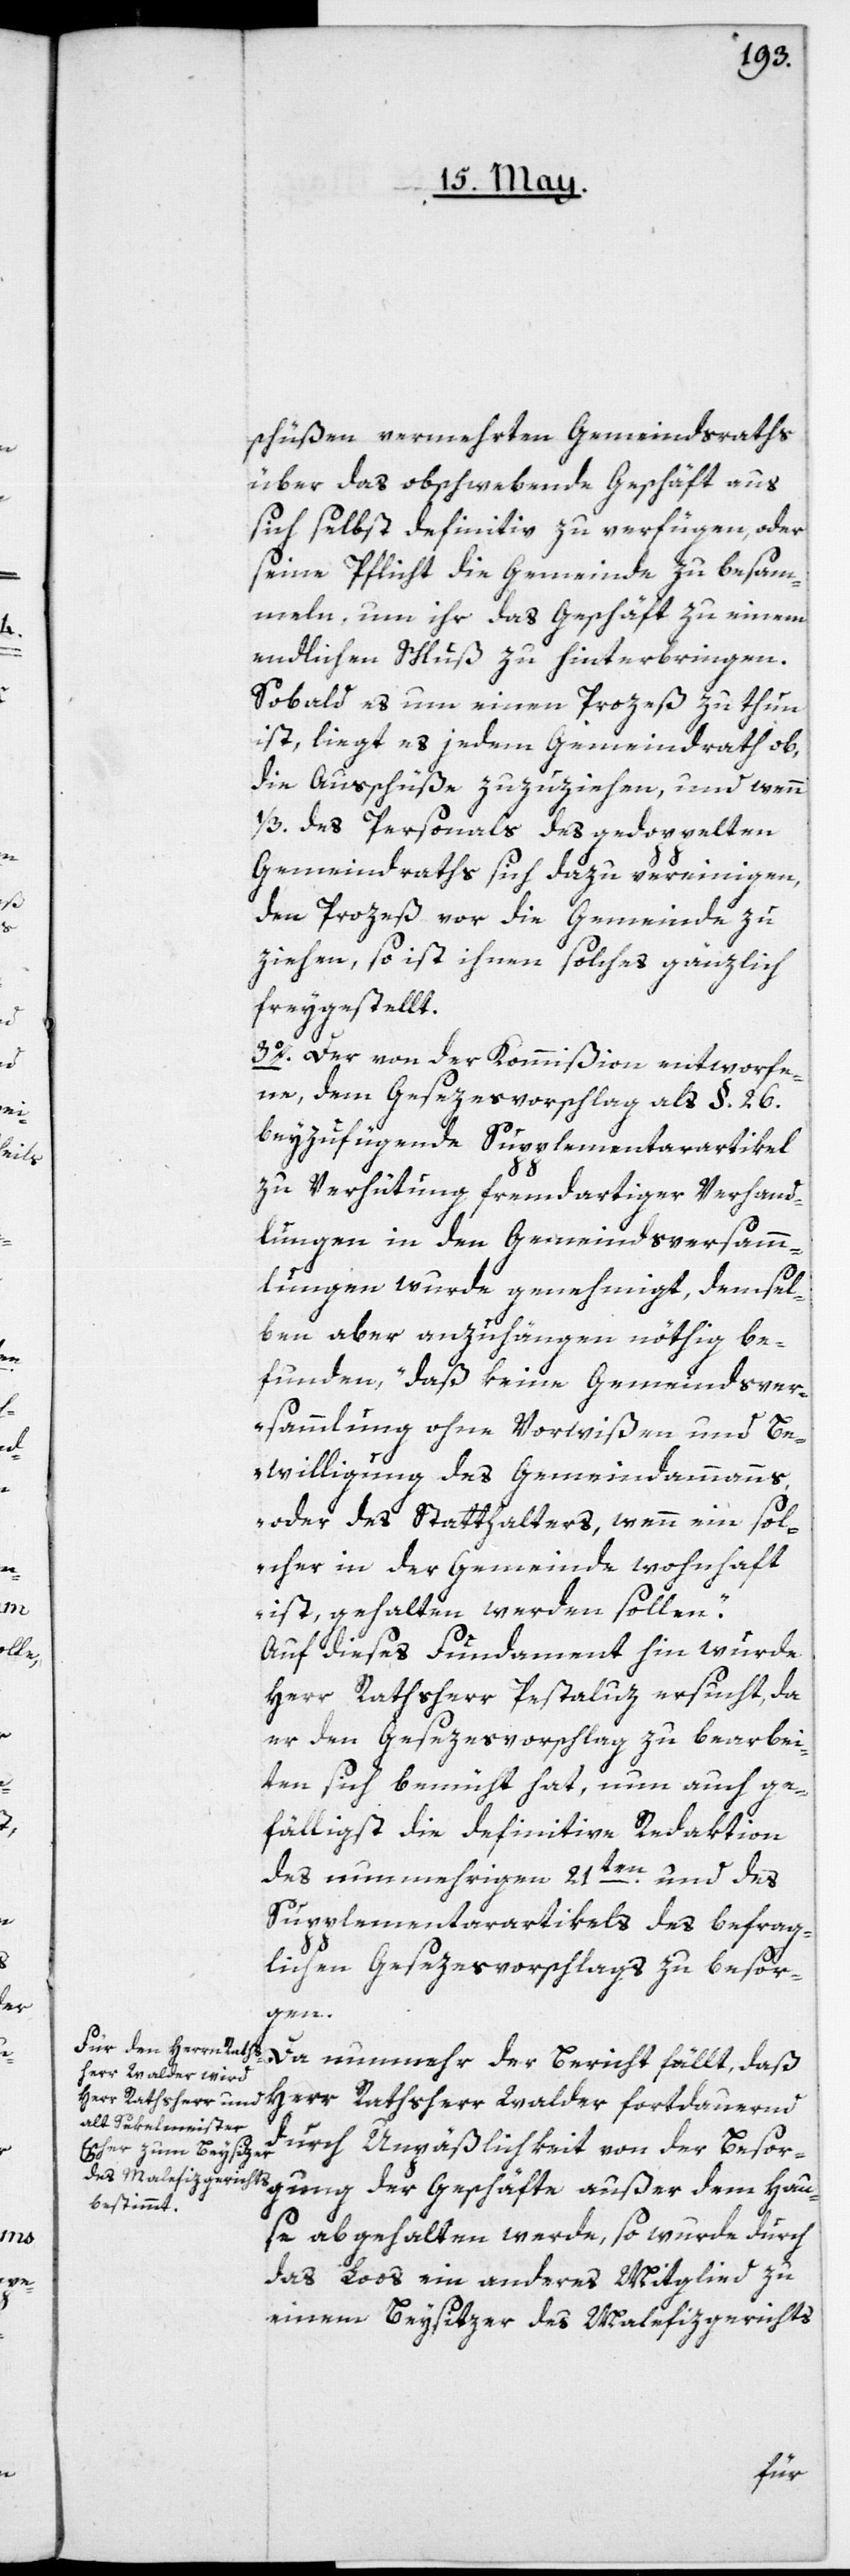
schüßen vermehrten Gemeindsraths
über das obschwebende Geschäft aus
sich selbst definitiv zu verfügen, oder
seine Pflicht die Gemeinde zu besam¬
meln, um ihr das Geschäft zu einem
endlichen Schluß zu hinterbringen.
Sobald es um einen Prozeß zu thun
ist, liegt es jedem Gemeindrath ob,
die Ausschüße zuzuziehen, und wenn
1/3 des Personals des gedoppelten
Gemeindraths sich dazu vereinigen,
den Prozeß vor die Gemeinde zu
ziehen, so ist ihnen solches gänzlich
freygestellt.
3o. Der von der Kommißion entworfe¬
ne, dem Gesezesvorschlag als §.26.
beyzufügende Supplementarartikel
zu Verhütung fremdartiger Verhand¬
lungen in den Gemeindsversamm¬
lungen wurde genehmigt, demsel¬
ben aber anzuhängen nöthig be¬
funden, „daß keine Gemeindsver¬
sammlung ohne Vorwißen und Be¬
willigung des Gemeindammanns
oder des Statthalters, wenn ein sol¬
cher in der Gemeinde wohnhaft
ist, gehalten werden sollen“.
Auf dieses Fundament hin wurde
Herr Rathsherr Pestaluz ersucht, da
er den Gesezesvorschlag zu bearbei¬
ten sich bemüht hat, nun auch ge¬
fälligst die definitive Redaktion
des nunmehrigen 21ten und des
Supplementsartikels des befrag¬
lichen Gesezesvorschlags zu besor¬
gen.
Da nunmehr der Bericht fällt, daß
durch Unpäßlichkeit von der Besor¬
gung der Geschäfte außer dem Hau¬
se abgehalten werde, so wurde durch
das Loos ein anderes Mitglied zu
einem Beysitzer des Malefizgerichts